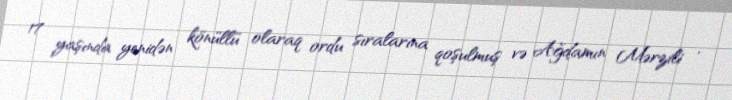
17 yaşında yenidən könüllü olaraq ordu sıralarına qoşulmuş və Ağdamın Mərzili ,